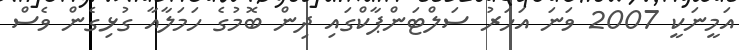
އަމީނަކީ 2007 ވަނަ އަހަރު ސަލްޓަންޕާކްގައި ދިން ބޮމުގެ ހަމަލާއާ ގުޅިގެން ވެސް